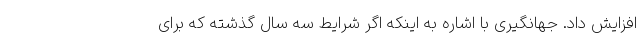
افزایش داد. جهانگیری با اشاره به اینکه اگر شرایط سه سال گذشته که برای